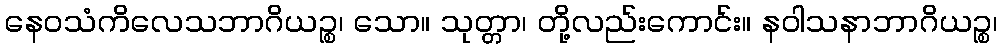
နေဝသံကိလေသဘာဂိယဉ္စ၊ သော။ သုတ္တာ၊ တို့လည်းကောင်း။ နဝါသနာဘာဂိယဉ္စ၊